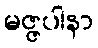
မဇ္ဇပါနာ